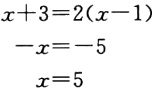
\begin{align*}

x + 3 &= 2(x - 1)\\

-x&=-5\\

x&=5

\end{align*}